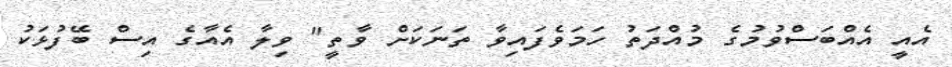
އެއީ އެއްބަސްވުމުގެ މުއްދަތު ހަމަވެފައިވާ ތަނަކަށް ވާތީ" ވިލާ އެއާގެ އިސް ބޭފުޅަކު